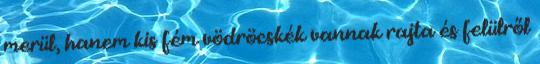
merül, hanem kis fém vödröcskék vannak rajta és felülről